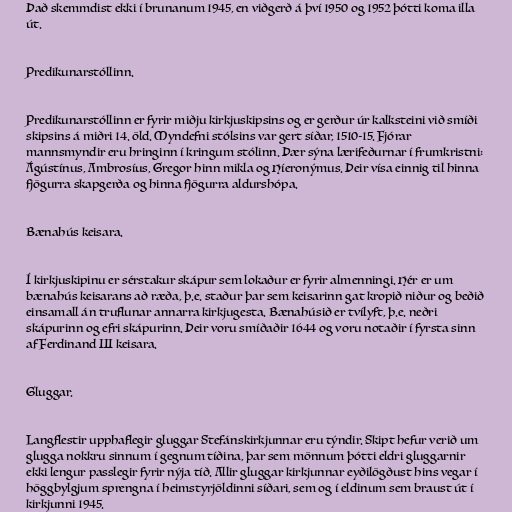
Það skemmdist ekki í brunanum 1945, en viðgerð á því 1950 og 1952 þótti koma illa
út.

Predikunarstóllinn.

Predikunarstóllinn er fyrir miðju kirkjuskipsins og er gerður úr kalksteini við smíði
skipsins á miðri 14. öld. Myndefni stólsins var gert síðar, 1510-15. Fjórar
mannsmyndir eru hringinn í kringum stólinn. Þær sýna lærifeðurnar í frumkristni:
Ágústínus, Ambrosíus, Gregor hinn mikla og Híeronýmus. Þeir vísa einnig til hinna
fjögurra skapgerða og hinna fjögurra aldurshópa.

Bænahús keisara.

Í kirkjuskipinu er sérstakur skápur sem lokaður er fyrir almenningi. Hér er um
bænahús keisarans að ræða, þ.e. staður þar sem keisarinn gat kropið niður og beðið
einsamall án truflunar annarra kirkjugesta. Bænahúsið er tvílyft, þ.e. neðri
skápurinn og efri skápurinn. Þeir voru smíðaðir 1644 og voru notaðir í fyrsta sinn
af Ferdinand III keisara.

Gluggar.

Langflestir upphaflegir gluggar Stefánskirkjunnar eru týndir. Skipt hefur verið um
glugga nokkru sinnum í gegnum tíðina, þar sem mönnum þótti eldri gluggarnir
ekki lengur passlegir fyrir nýja tíð. Allir gluggar kirkjunnar eyðilögðust hins vegar í
höggbylgjum sprengna í heimstyrjöldinni síðari, sem og í eldinum sem braust út í
kirkjunni 1945.